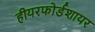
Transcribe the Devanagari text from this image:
हीयरफोर्डशायर